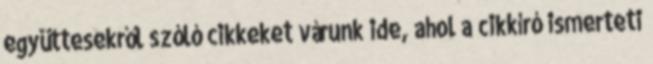
együttesekről szóló cikkeket várunk ide, ahol a cikkíró ismerteti